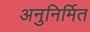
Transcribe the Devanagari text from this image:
अनुनिर्मित